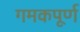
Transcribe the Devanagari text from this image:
गमकपूर्ण